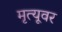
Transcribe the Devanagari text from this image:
मृत्‍यूवर